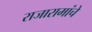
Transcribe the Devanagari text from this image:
राजारामांचे